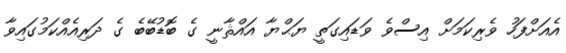
އެއަށްފަހު ވެރިކަމަށް އިސްވެ ވަޑައިގަތީ ޔަޙްޔާ އައްޘާނީ ގެ ބޮޑުބޭބެ ގެ ދަރިއެއްކަމުގައިވާ